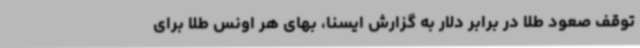
توقف صعود طلا در برابر دلار به گزارش ایسنا، بهای هر اونس طلا برای